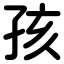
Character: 孩